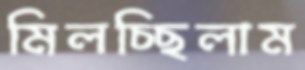
মিলচ্ছিলাম